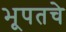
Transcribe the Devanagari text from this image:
भूपतचे